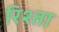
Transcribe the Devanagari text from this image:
रिश्‍ता